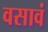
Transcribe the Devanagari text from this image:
वसावं